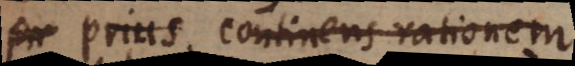
prius, continens rationem